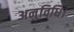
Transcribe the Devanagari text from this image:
अनुविधि।